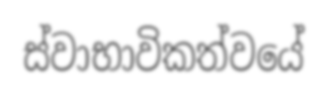
ස්වාභාවිකත්වයේ